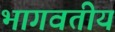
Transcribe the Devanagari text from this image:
भागवतीय